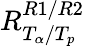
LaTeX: R_{T_{\alpha}/T_{p}}^{R1/R2}